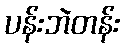
ပန်းဘဲတန်း